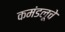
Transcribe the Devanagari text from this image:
कमंडलूचे